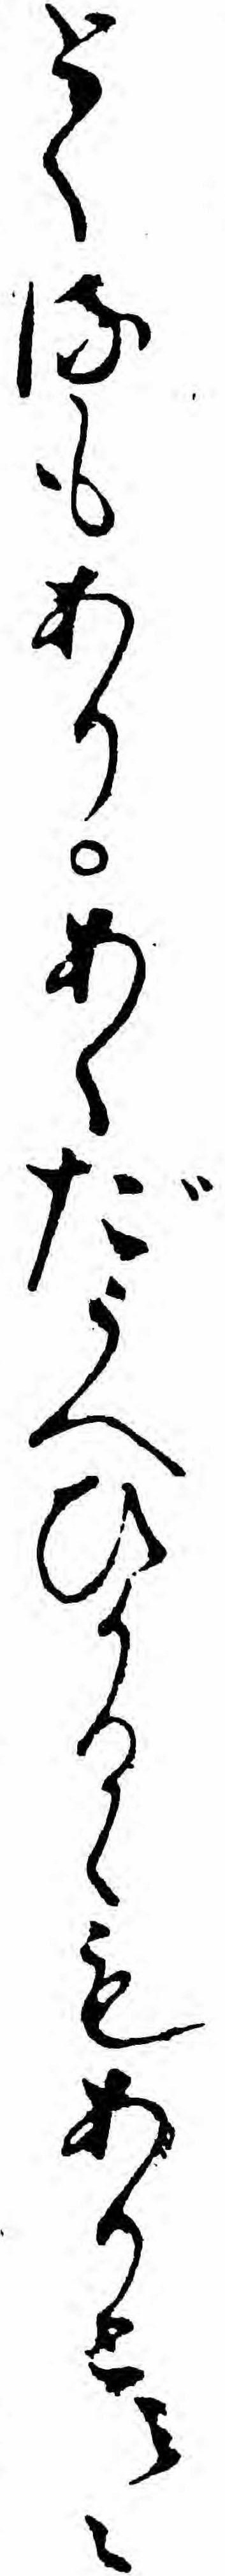
とくるもありあくだうへひかるゝもありと云〻